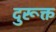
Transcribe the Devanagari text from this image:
दुरूक्त